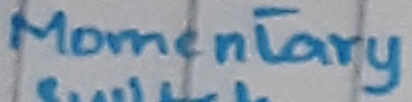
Text: Momentary